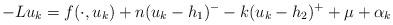
LaTeX: \begin{align*}-Lu_{k}=f(\cdot, u_{k})+ n(u_{k}-h_{1})^{-}-k(u_{k}-h_{2})^{+}+ \mu+\alpha_{k}\end{align*}